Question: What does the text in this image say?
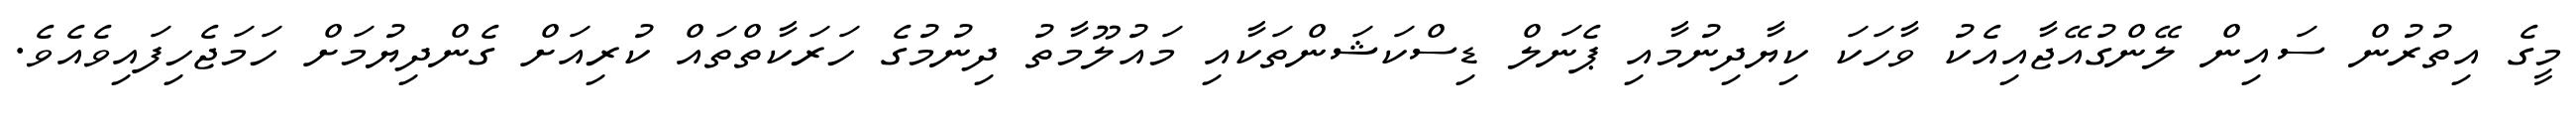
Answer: މީގެ އިތުރުން ސައިން ލޭންގުއޭޖާއިއެކު ވާހަކަ ކިޔާދިނުމާއި ޕެނަލް ޑިސްކަޝަންތަކާއި މައުލޫމާތު ދިނުމުގެ ހަރަކާތްތައް ކުރިއަށް ގެންދިޔުމަށް ހަމަޖެހިފައިވެއެވެ.